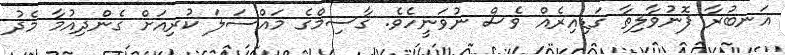
އަނބުރާ ފޮނުވާލިތާ ގަޑިއިރެއް ވެސް ނުވަނީހެވެ. ގާސިމްގެ މައްސަލަ ކުރިއަށް ގެންދިއުމާ މެދު